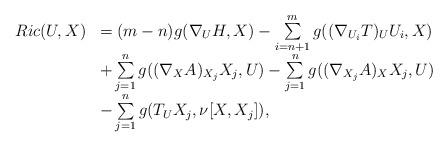
LaTeX: \begin{align*}\begin{array}{ll}Ric(U, X)&= (m-n)g(\nabla_U H, X) -\sum\limits_{i=n+1}^{m} g((\nabla_{U_i} T)_U U_i, X) \\&+ \sum\limits_{j=1}^{n} g((\nabla_X A)_{X_j} X_j, U) - \sum\limits_{j=1}^{n} g((\nabla_{X_j} A)_X X_j, U) \\&- \sum\limits_{j=1}^{n} g(T_U X_j, \nu [X, X_j]),\end{array}\end{align*}